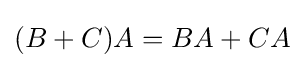
(B+C)A=BA+CA